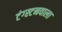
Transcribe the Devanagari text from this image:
टंग्स्टनवाला